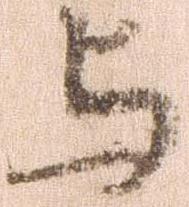
与